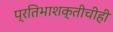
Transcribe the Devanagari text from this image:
प्रतिभाशक्तीचीही